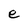
Character: e